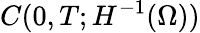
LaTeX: C(0,T;H^{-1}(\Omega))